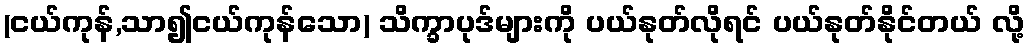
(ငယ်ကုန်,သာ၍ငယ်ကုန်သော) သိက္ခာပုဒ်များကို ပယ်နုတ်လိုရင် ပယ်နုတ်နိုင်တယ် လို့